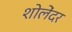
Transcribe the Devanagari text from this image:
शोलेंदर